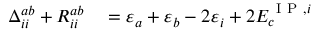
\begin{array} { r l } { \Delta _ { i i } ^ { a b } + R _ { i i } ^ { a b } } & { { } = \varepsilon _ { a } + \varepsilon _ { b } - 2 \varepsilon _ { i } + 2 E _ { c } ^ { \mathrm { ~ I ~ P ~ } , i } } \end{array}